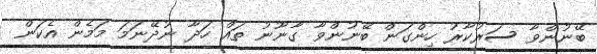
ބޭނުންވާ ސަރުކާރު ހިންގަން ބޭނުންވާ ގާނޫނު ތައް ހަދާ ނުދޭނަމަ މަމެން އެކަން